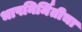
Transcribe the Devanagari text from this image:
भाषनिर्मितीचा